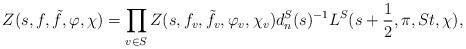
LaTeX: \begin{align*}Z(s, f, \tilde{f}, \varphi, \chi)=\prod_{v\in S}Z(s, f_v, \tilde{f}_v, \varphi_v, \chi_v)d_n^S(s)^{-1}L^S(s+\frac{1}{2},\pi, St,\chi),\end{align*}